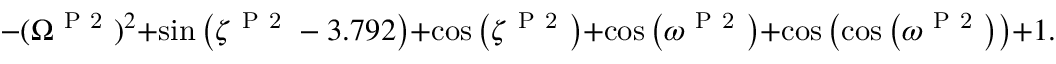
- ( \Omega ^ { \mathrm { ~ P ~ 2 ~ } } ) ^ { 2 } + \sin { \left( \zeta ^ { \mathrm { ~ P ~ 2 ~ } } - 3 . 7 9 2 \right) } + \cos { \left( \zeta ^ { \mathrm { ~ P ~ 2 ~ } } \right) } + \cos { \left( \omega ^ { \mathrm { ~ P ~ 2 ~ } } \right) } + \cos { \left( \cos { \left( \omega ^ { \mathrm { ~ P ~ 2 ~ } } \right) } \right) } + 1 . 3 6 6